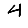
Digit: 4